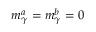
m _ { \gamma } ^ { a } = m _ { \gamma } ^ { b } = 0